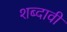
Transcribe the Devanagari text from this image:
शब्दावी